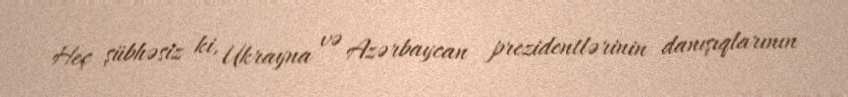
Heç şübhəsiz ki, Ukrayna və Azərbaycan prezidentlərinin danışıqlarının